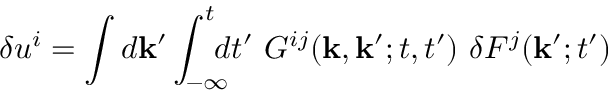
\delta u ^ { i } = \int d { \bf { k } } ^ { \prime } \int _ { - \infty } ^ { t } \! \! \! \! d t ^ { \prime } \ { \cal { G } } ^ { i j } ( { \bf { k } } , { \bf { k } } ^ { \prime } ; t , t ^ { \prime } ) \ \delta F ^ { j } ( { \bf { k } } ^ { \prime } ; t ^ { \prime } )